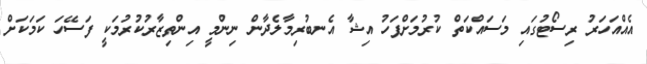
އެއްއަހަރު ރިސޯޓުގައި މަސައްކަތް ކުރުމަށްފަހު އިޝާ އެނބުރިމާލެދާން ނިންމީ އިންތިޒާރުކުރުމަކީ ފަސޭހަ ކަމަކަށް